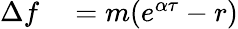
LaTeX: \begin{array}{rl}{\Delta f}&{{}=m(e^{\alpha\tau}-r)}\end{array}